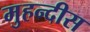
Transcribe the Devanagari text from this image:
मुहन्दीस